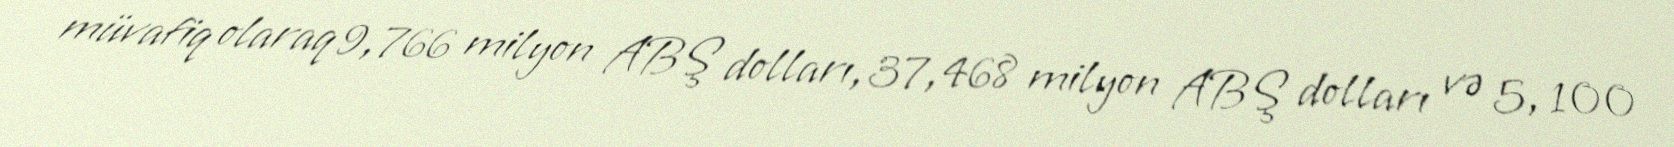
müvafiq olaraq 9,766 milyon ABŞ dolları, 37,468 milyon ABŞ dolları və 5, 100